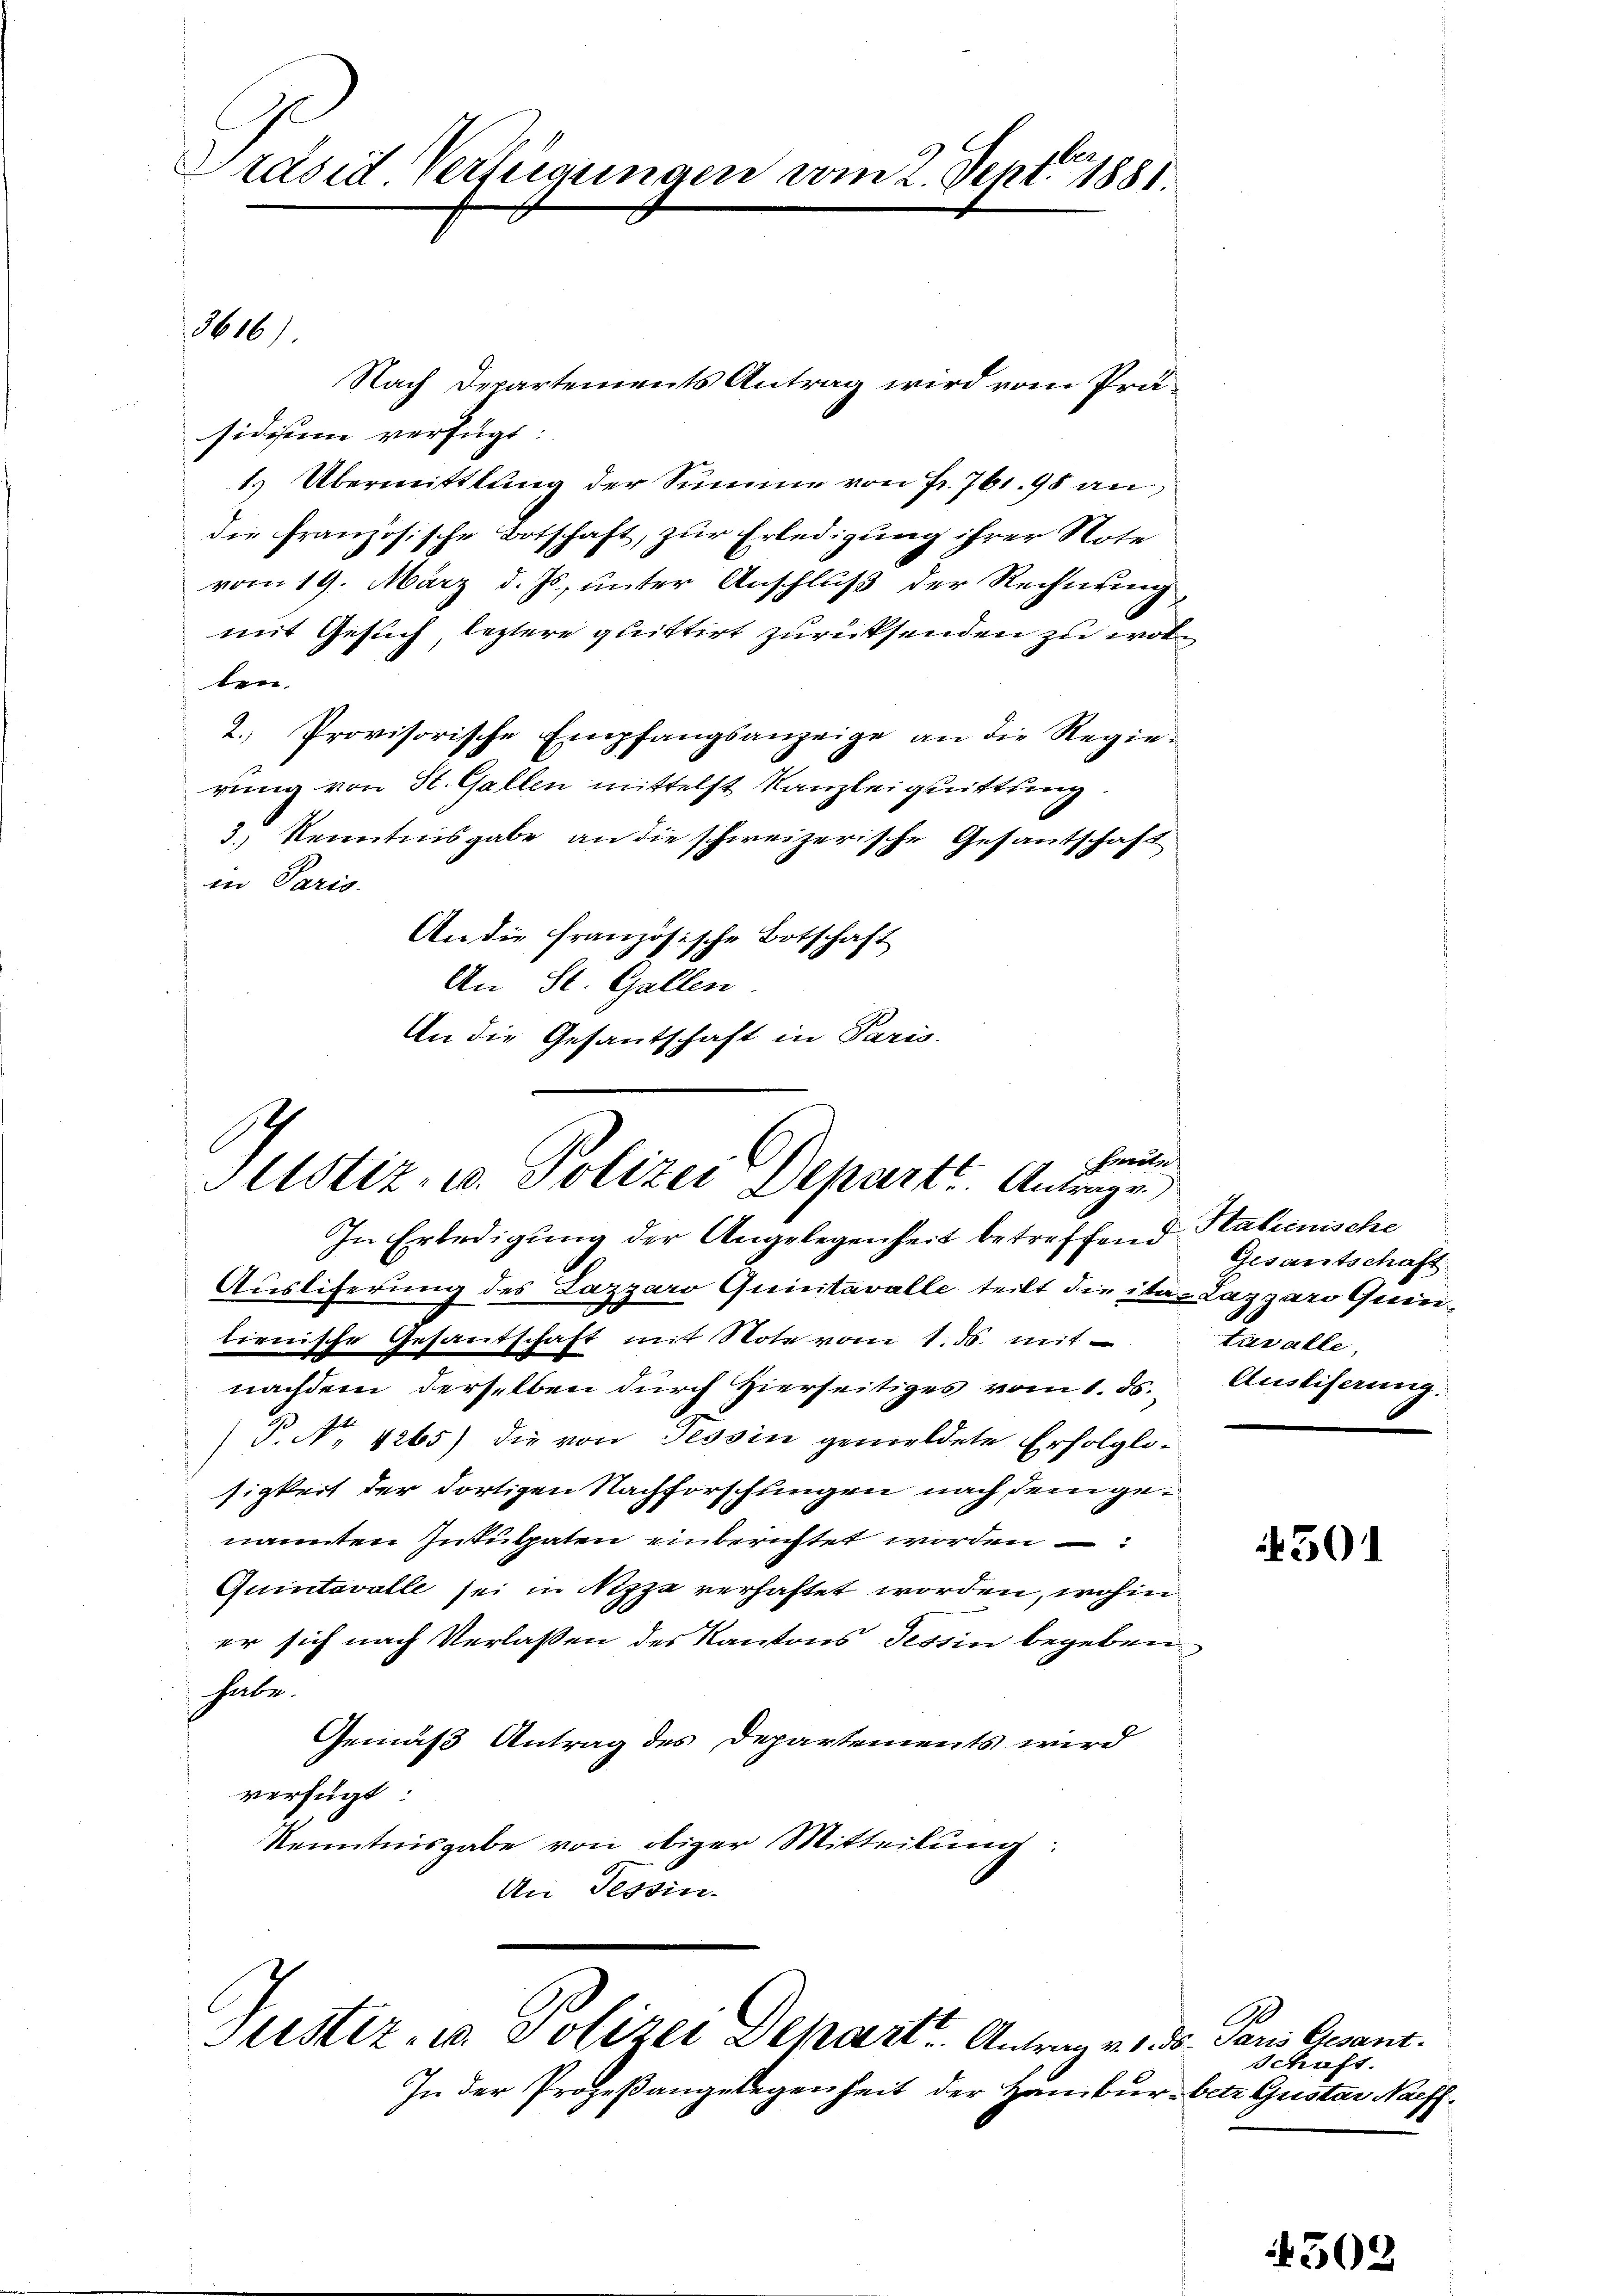
Präsid. Verfügungen vom 2. Sept. 1881.

Nach Departements Antrag wird vom Präsidium verfügt:
1. Übermittlung der Summe von Fr. 761. 98 an
die französische Botschaft, zur Erledigung ihrer Note
vom 19. März d. Js., unter Anschluß der Rechnung
mit Gesuch, leztere quittirt zurücksenden zu wolten.
2. Provisorische Empfangsanzeige an die Regie-
rung von St. Gallen mittelst Kanzleiquittung
3.) Kenntnisgabe an die schweizerische Gesantschaft
in Paris.
An die französische Botschaft
An St. Gallen.
An die Gesantschaft in Paris.
heute
Altstiz, u. Polizei Depart. Antragen,
In Erledigung der Angelegenheit betreffend
Ausliferung des Lazzaro Quintavalle teilt die ita- Lazzaro Quilienische Gesandschaft mit Note vom 1. ds. mit
nachdem derselben durch Hierseitiges vom 1. ds. Ausliserung.
P. Nr. 4265) die von Tessin gemeldete Erfolglosigkeit der dortigen Nachforschungen nach dem genanten Intutpaten einberichtet worden
Quintavalle sei in Nizza verhaftet worden, wohin
er sich nach Verlassen des Kantons Tessin begeben
habe.
Gemäß Antrag des Departements wird
verfügt
Kenntnisgabe von obiger Mitteilung:
An Tessin.

3616)

Justiz- u. Polizei Depart. Antrag v. 3. ds. Paris Gesant.

In der Prozeβangelegenheit der Hambur- betr. Gustav Naeff¬

Htalienische
Gesantschaft
turalle,

.

50

1
schaft.